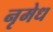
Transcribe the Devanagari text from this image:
नृमेध